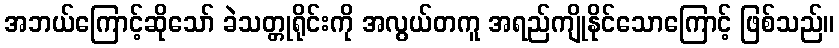
အဘယ်ကြောင့်ဆိုသော် ခဲသတ္တုရိုင်းကို အလွယ်တကူ အရည်ကျိုနိုင်သောကြောင့် ဖြစ်သည်။